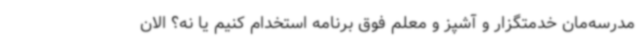
مدرسه‌مان خدمتگزار و آشپز و معلم فوق برنامه استخدام کنیم یا نه؟ الان